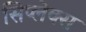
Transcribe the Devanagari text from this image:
सिप्लेक्स